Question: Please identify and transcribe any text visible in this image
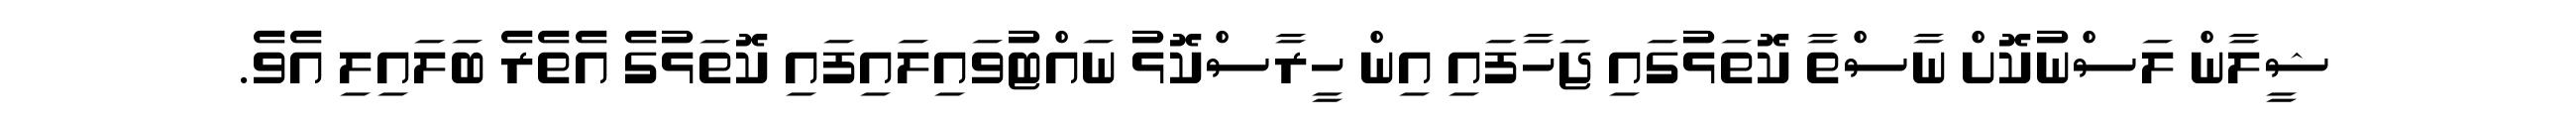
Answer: ޝީލާން ލަސްނުކޮށް ނާސްތާ ކޮތަޅުގައި ޖަހާފައި އިން ހީރާސްކޮޅު ނައްޓުވައިލައިފައި ކޮތަޅުގެ އެތެރެ ބަލައިލި އެވެ.